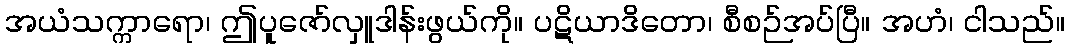
အယံသက္ကာရော၊ ဤပူဇော်လှူဒါန်းဖွယ်ကို။ ပဋိယာဒိတော၊ စီစဉ်အပ်ပြီ။ အဟံ၊ ငါသည်။